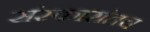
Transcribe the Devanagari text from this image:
संस्कारांतच